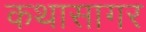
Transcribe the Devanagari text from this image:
कथासागर